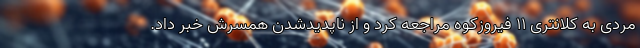
مردی به کلانتری ۱۱ فیروزکوه مراجعه کرد و از ناپدیدشدن همسرش خبر داد.